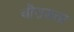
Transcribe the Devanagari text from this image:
चौरासता